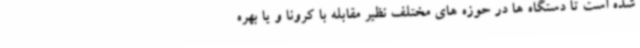
شده است تا دستگاه ها در حوزه های مختلف نظیر مقابله با کرونا و یا بهره